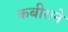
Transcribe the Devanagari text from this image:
कबीराने